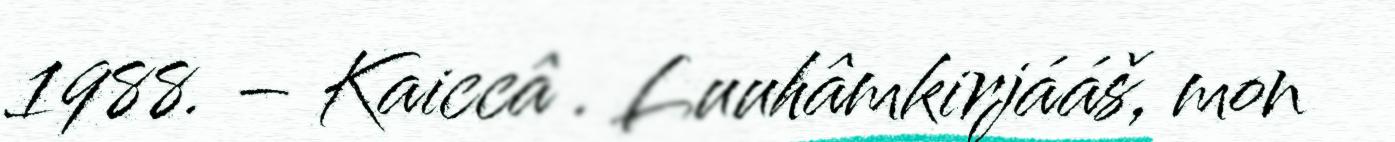
1988. – Kaiccâ . Luuhâmkirjááš, mon